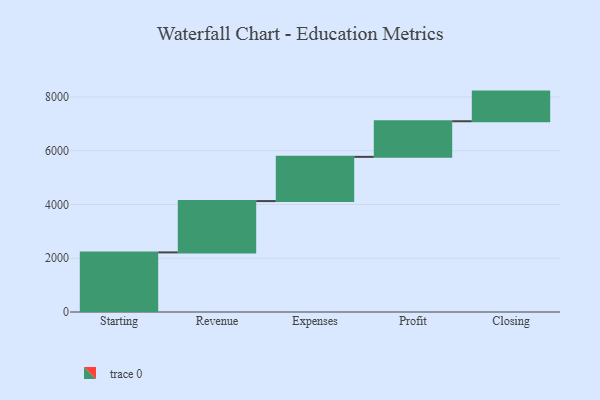
{"axis": {"x": "Step", "y": "Value"}, "legend": [""], "data": [{"x": "Starting", "y": 2218.0, "type": ""}, {"x": "Revenue", "y": 1909.0, "type": ""}, {"x": "Expenses", "y": 1646.0, "type": ""}, {"x": "Profit", "y": 1325.0, "type": ""}, {"x": "Closing", "y": 1103.0, "type": ""}]}